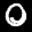
Label: 0